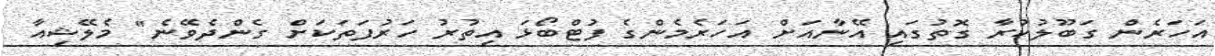
އަހަރެން ގަބޫލުކުރާ ގޮތުގައި އޭނާއަށް އަހަރެމެންގެ ފުޓްބޯޅަ އިތުރު ހަރުފަތަކަށް ގެންދެވޭނެ" މެލޭޝިއާ